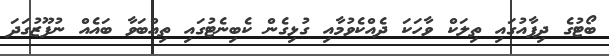
ބޯޓުގެ ދިފާއުގައި ތިލަކް ވާހަކަ ދެއްކެވުމާއި ގުޅިގެން ކެބިނެޓުގައި ތިއްބަވާ ބައެއް ނުފޫޒުގަދަ